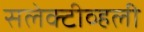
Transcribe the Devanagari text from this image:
सलेक्टीव्हली